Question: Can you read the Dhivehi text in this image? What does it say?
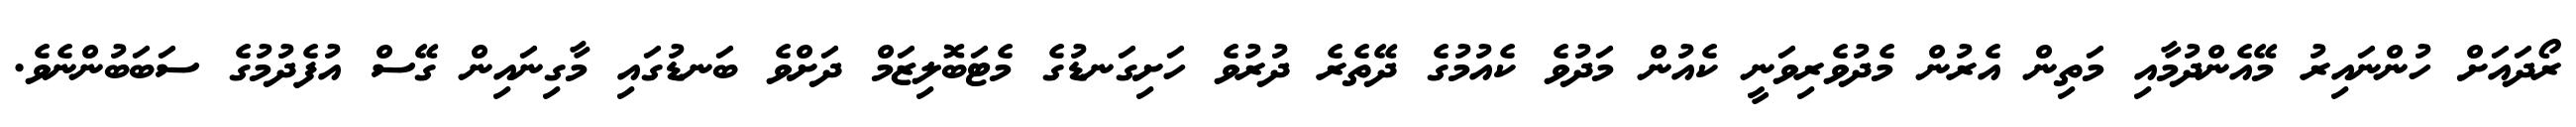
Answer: ރޯދައަށް ހުންނައިރު މޭއެންދުމާއި މަތިން އެރުން މެދުވެރިވަނީ ކެއުން މަދުވެ ކެއުމުގެ ދޭތެރެ ދުރުވެ ހަށިގަނޑުގެ މެޓަބޮލިޒަމް ދަށްވެ ބަނޑުގައި މާގިނައިން ގޭސް އުފެދުމުގެ ސަބަބުންނެވެ.